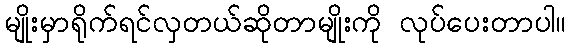
မျိုးမှာရိုက်ရင်လှတယ်ဆိုတာမျိုးကို လုပ်ပေးတာပါ။